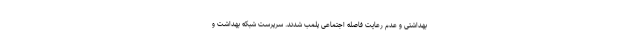
بهداشتی و عدم رعایت فاصله اجتماعی پلمب شدند. سرپرست شبکه بهداشت و